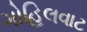
ગોહિલવાટ